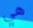
هي